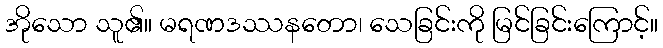
အိုသော သူ၏။ မရဏဒဿနတော၊ သေခြင်းကို မြင်ခြင်းကြောင့်။